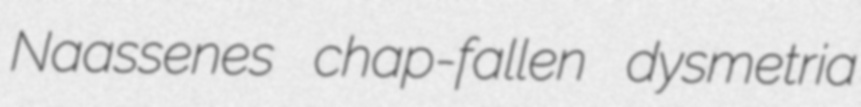
Naassenes chap-fallen dysmetria